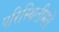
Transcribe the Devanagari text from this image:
परिस्थितीमधे